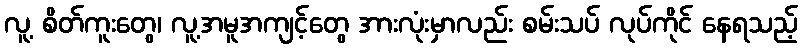
လူ့ စိတ်ကူးတွေ၊ လူ့အမူအကျင့်တွေ အားလုံးမှာလည်း စမ်းသပ် လုပ်ကိုင် နေရသည့်